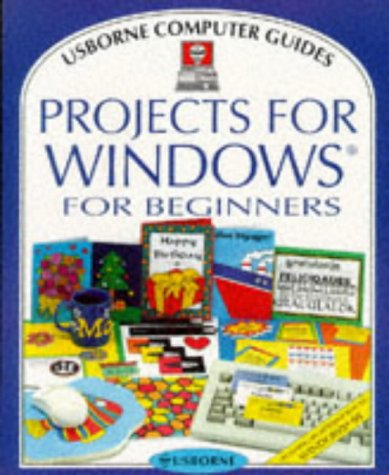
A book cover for Projects for Windows for Beginners (Usborne Computer Guides); Philippa Wingate; Children's Books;